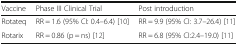
| Vaccine | Phase III Clinical Trial | Post introduction |
 | --- | --- | --- |
 | Rotateq | RR = 1.6 (95% CI: 0.4–6.4) [10] | RR = 9.9 (95% CI: 3.7–26.4) [11] |
 | Rotarix | RR = 0.86 (p = ns) [12] | RR = 6.8 (95% CI:2.4–19.0) [11] |